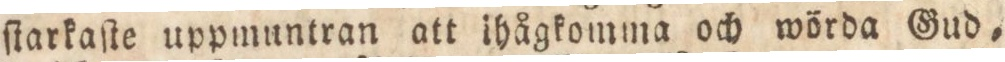
ſtarkaſte uppmuntran att ihågkomma och wörda Gud,